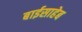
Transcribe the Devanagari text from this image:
बाईसाहेब